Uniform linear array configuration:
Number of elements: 16
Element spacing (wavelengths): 0.25
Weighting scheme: uniform
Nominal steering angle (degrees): -60
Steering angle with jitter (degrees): -59.59
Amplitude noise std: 0.05
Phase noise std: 0.05

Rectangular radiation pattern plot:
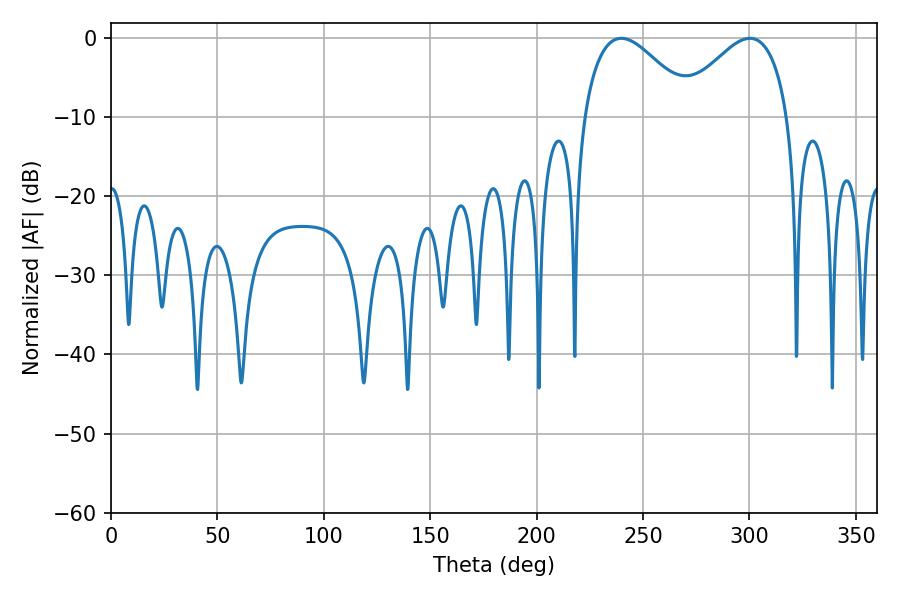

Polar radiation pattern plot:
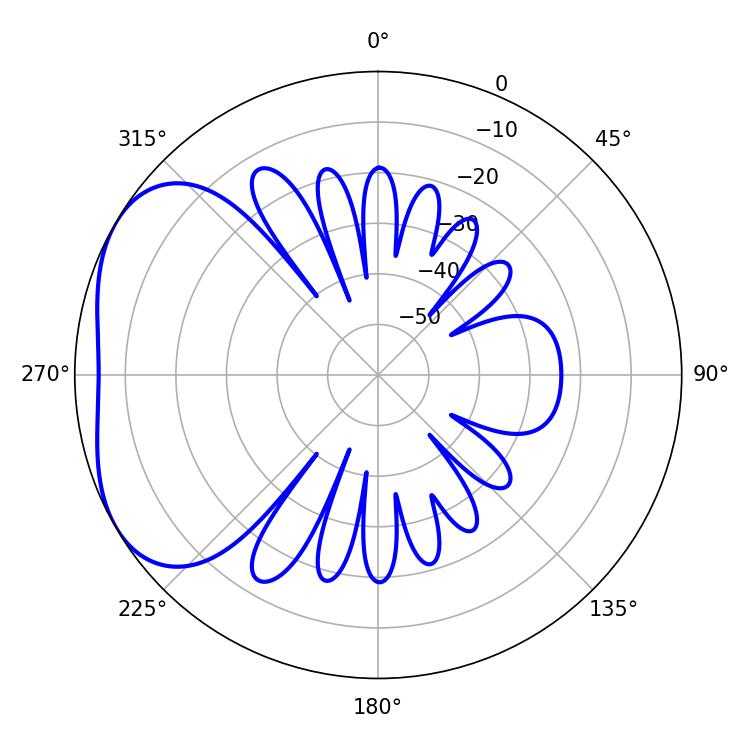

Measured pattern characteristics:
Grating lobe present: FALSE
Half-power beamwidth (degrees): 28.08
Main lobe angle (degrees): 300.24